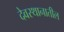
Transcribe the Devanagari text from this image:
देवस्थानातील